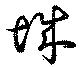
城